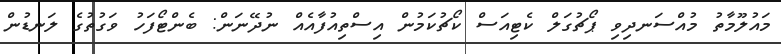
މައުލޫމާތު މުއްސަނދިވި ޕޯޗުގަލް ކެޓިއަސް ކޯޗުކަމުން އިސްތިއުފާއެއް ނުދޭނަން: ބެންޓޯފަހު ވަގުތުގެ ލަނޑުން